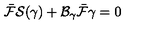
\bar { \cal F } { \cal S } ( \gamma ) + { \cal B } _ { \gamma } \bar { \cal F } \gamma = 0